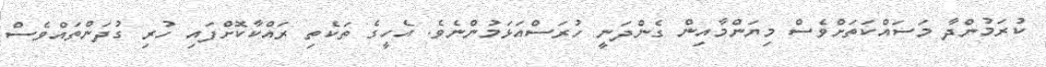
ކުރަމުންދާ މަސައްކަތަށްވެސް މިޔަންމާއިން ގެންދަނީ ހުރަސްއަޅަމުންނެވެ. އެހީގެ ތަކެތި ރައްކާކޮށްފައި ހުރި ގުދަންތައްވެސް